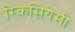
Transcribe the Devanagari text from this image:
रिकसियेसी